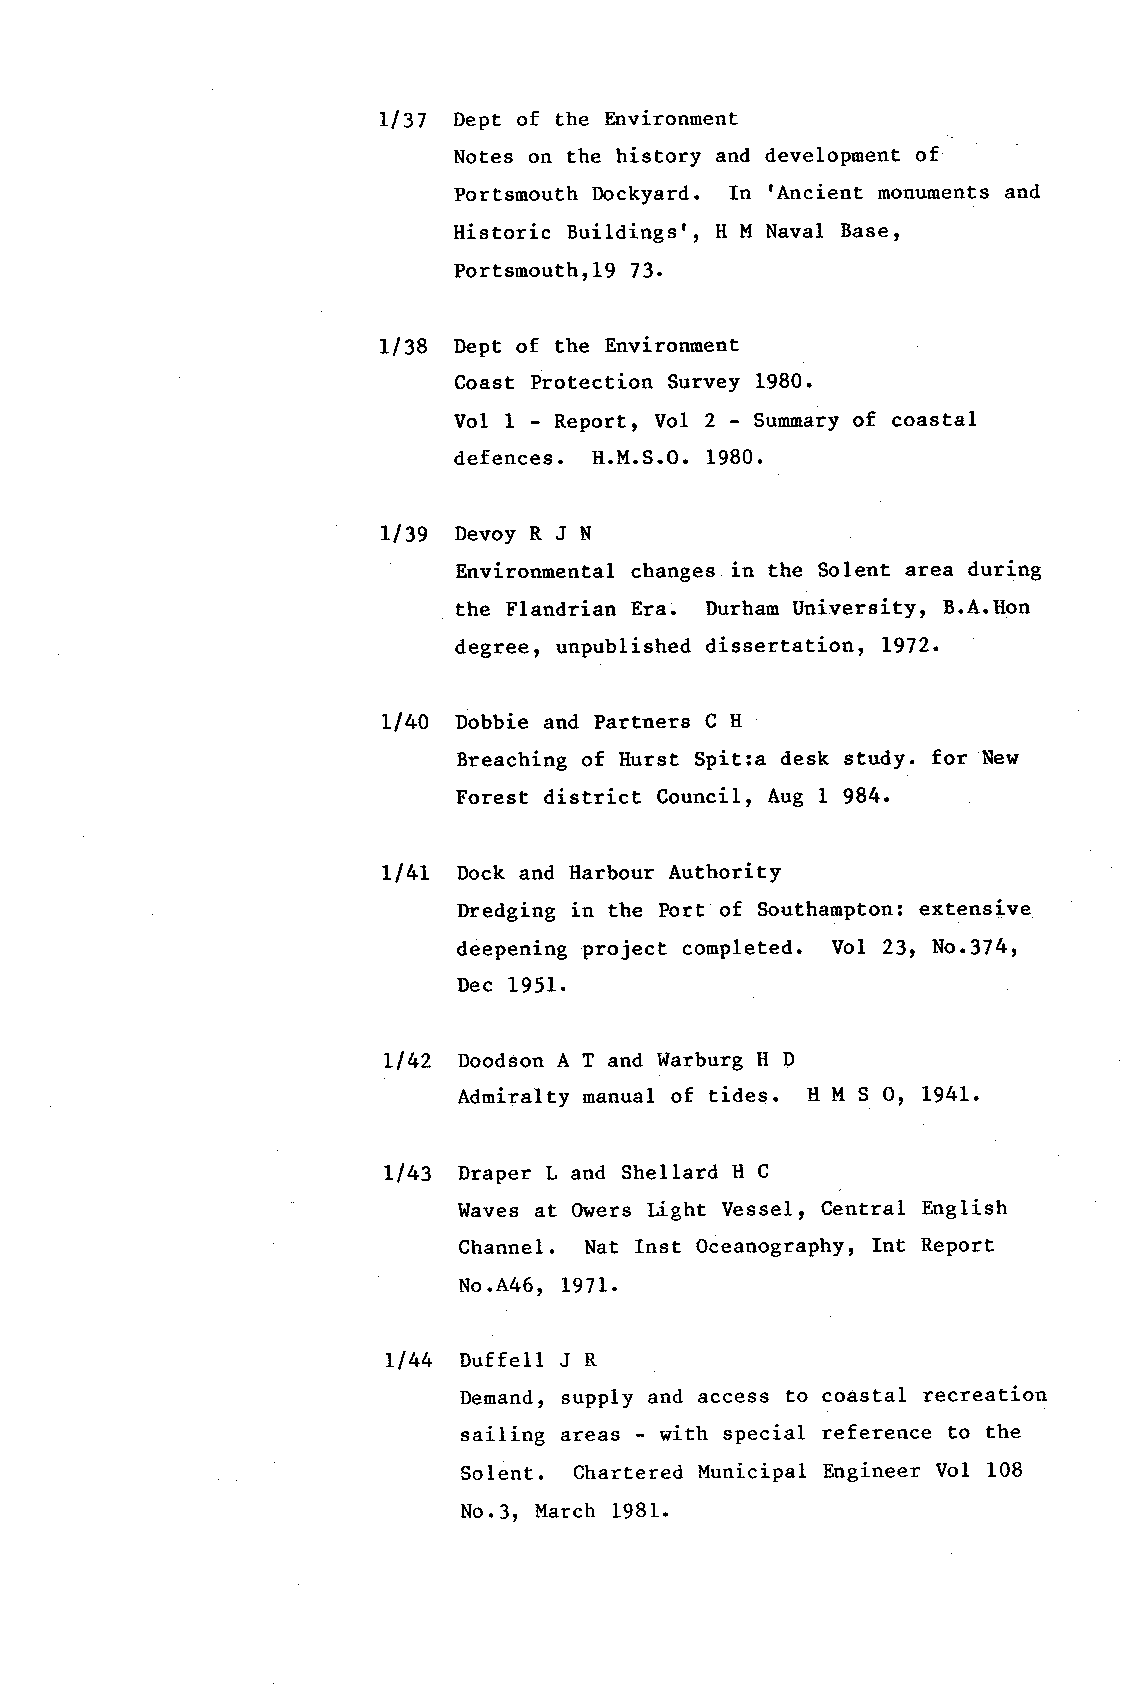
ll Sl Dept of the Environment
 Notes on the history and development of
 rAncient
 Portsmouth Dockyard. In     monuments and
 Ilistoric Buildings', H M Naval Base,
 Portsmouthr19 73.
 ll38 Dept of the Environment
 Coast Protection Survey 1980.
 Vo1 1 - Report, Vol 2 - Surrmaryo f coastal
 def ences. If. U. S.O . 1980.
 ll39 DevoyRJN
 Environmental changes in the Solent area during
 the Flandrian Era. Durham Universityr B.A.Hon
 degree, unpublished dissertation, L972.
 Ll4O Dobbie and Partners C E
 Breaching of llurst Spit:a desk study. for New
 Forest district Council, Aug 1 984.
 Ll4L Dock and llarbour AuthoritY
 Dredging in the Port of Southanpton: extensive
 deepening project completed. Vol 23r No.314,
 Dec 1951.
 Ll42 Doodson A T and Warburg Il D
 Admiralty manual of tides. tt l'{ S Or I94L.
 Ll43 Draper L and Shellard H C
 Waves at Owers Light Vessel, Central English
 Channel. Nat Inst Oceanographyr Int Report
 No.A46, 197L.
 LI44 Duffell J R
 Demand,s upply and access to coastal recreation
 sailing areas - with special reference to the
 Solent. Chartered Municipal Engineer Vol 108
 No.3r l'larch 1981.